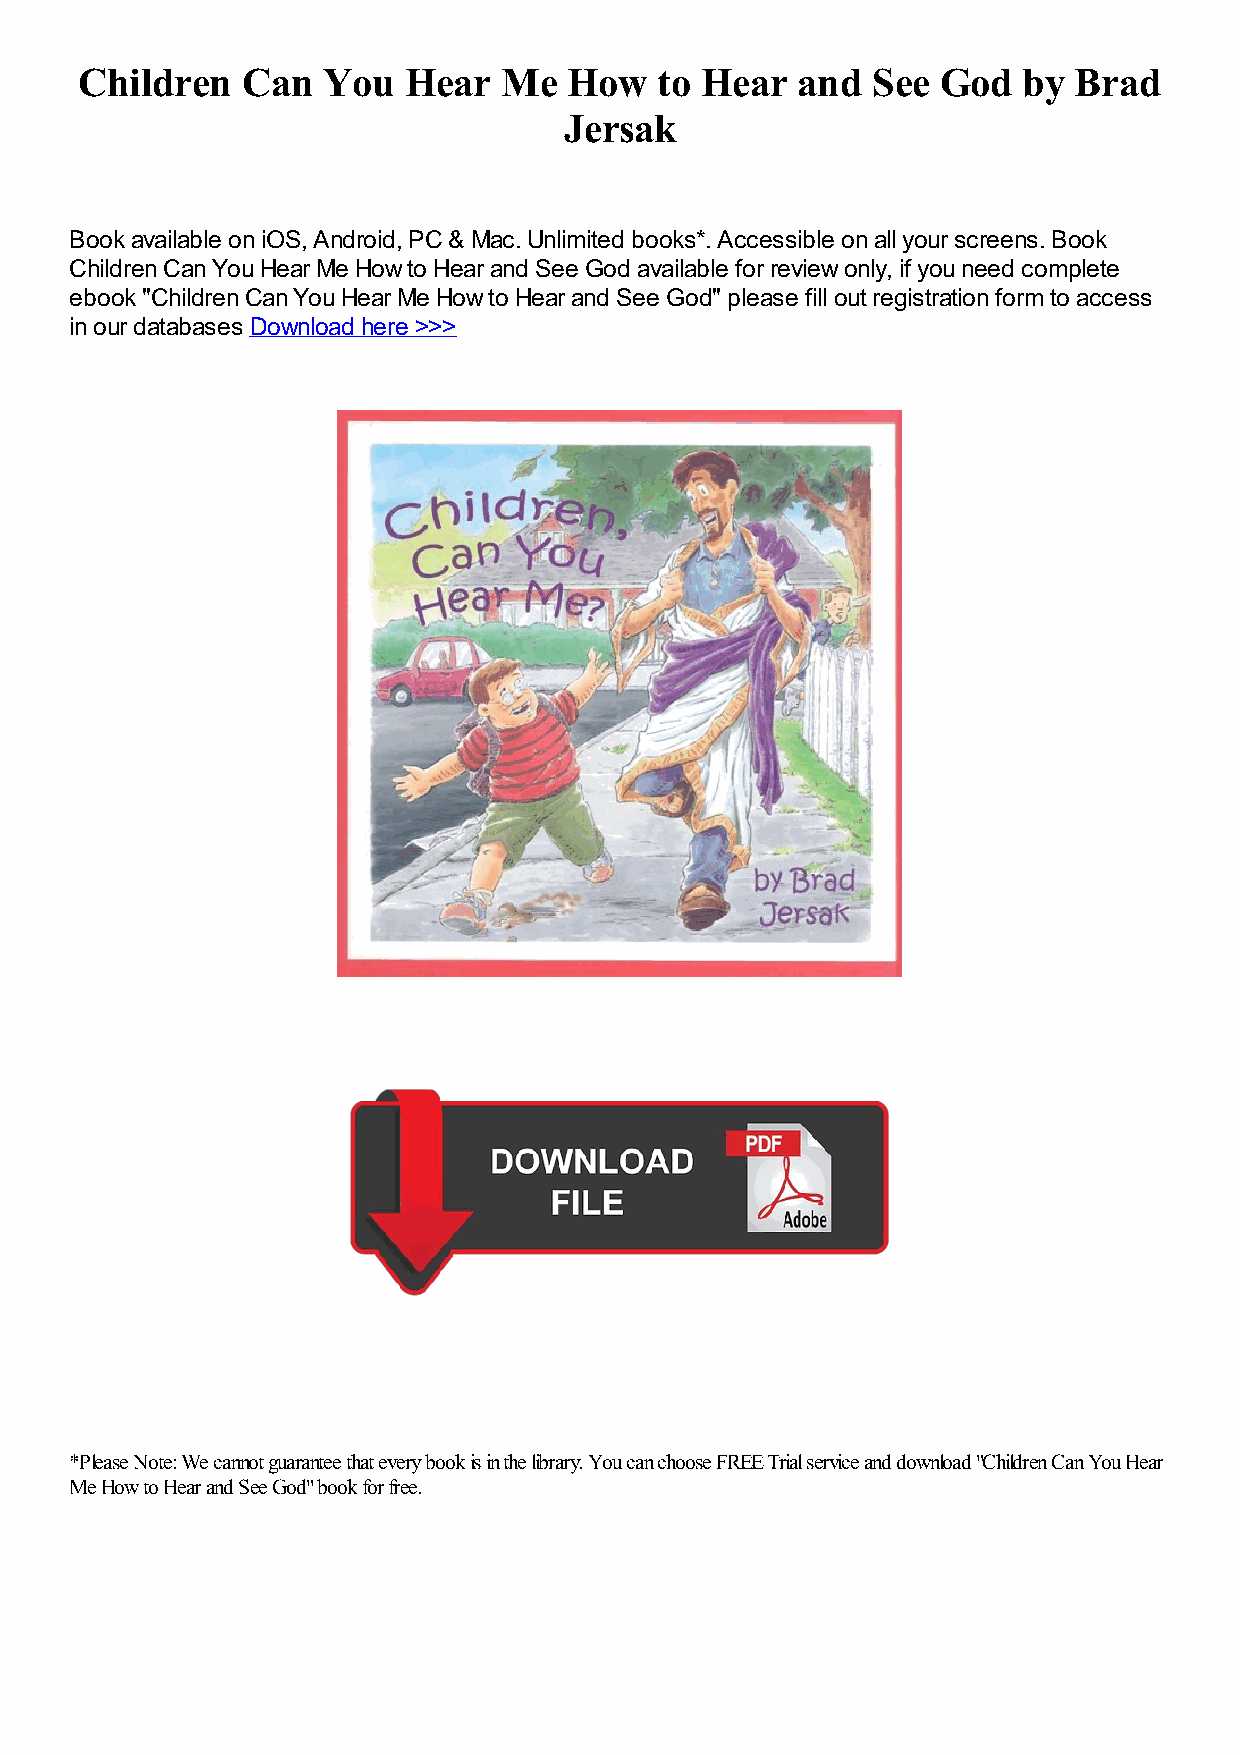
Children   Can  You   Hear  Me   How   to Hear  and  See God   by Brad
 Jersak
 Book available on iOS, Android, PC & Mac. Unlimited books*. Accessible on all your screens. Book
 Children Can You Hear Me How to Hear and See God available for review only, if you need complete
 ebook "Children Can You Hear Me How to Hear and See God" please fill out registration form to access
 in our databases Download here >>>
 *Please Note: We cannot guarantee that every book is in the library. You can choose FREE Trial service and download "Children Can You Hear
 Me How to Hear and See God" book for free.